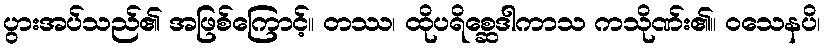
ပွားအပ်သည်၏ အဖြစ်ကြောင့်။ တဿ၊ ထိုပရိစ္ဆေဒါကာသ ကသိုဏ်း၏။ ဝသေနပိ၊